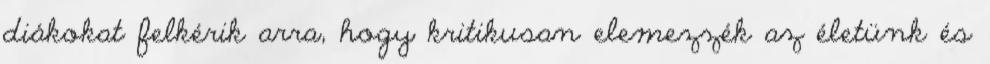
diákokat felkérik arra, hogy kritikusan elemezzék az életünk és